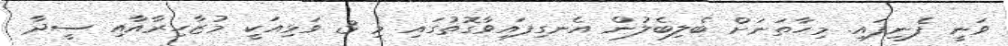
ވަނީ ފެނިފައި. މިހާތަނަށް ބެލިބެލުން އެނގިފައިވާގޮތުގައި މި 3 ވަޅިއަކީ މުޒާހިރާއާއި ސީދާ